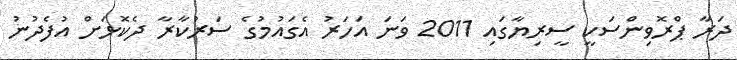
ދަރާ ޕްރޮވިންސަކީ ސީރިޔާގައި 2011 ވަނަ އަހަރު އެގައުމުގެ ސަރުކާރާ ދެކޮޅަށް އުފެދުނު